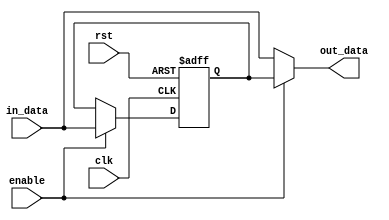
module Simple_Bypass_Register(
    input wire clk,
    input wire rst,
    input wire enable,
    input wire in_data,
    output reg out_data
);

reg reg_data;

always @(posedge clk or posedge rst)
begin
    if(rst)
        reg_data <= 0;
    else if(enable)
        reg_data <= in_data;
end

always @(*)
begin
    if(enable)
        out_data = reg_data;
    else
        out_data = in_data;
end

endmodule